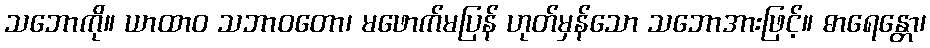
သဘောကို။ ယာထာဝ သဘာဝတော၊ မဖောက်မပြန် ဟုတ်မှန်သော သဘောအားဖြင့်။ ဓာရေန္တော၊